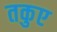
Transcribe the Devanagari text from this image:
तकुए